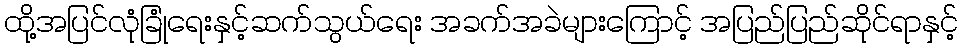
ထို့အပြင်လုံခြုံရေးနှင့်ဆက်သွယ်ရေး အခက်အခဲများကြောင့် အပြည်ပြည်ဆိုင်ရာနှင့်